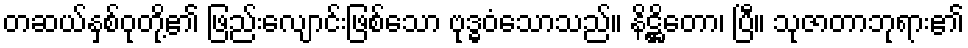
တဆယ်နှစ်ဝုတို့၏ ဖြည်းလျောင်းဖြစ်သော ဗုဒ္ဓဝံသောသည်။ နိဋ္ဌိတော၊ ပြီ။ သုဇာတာဘုရား၏